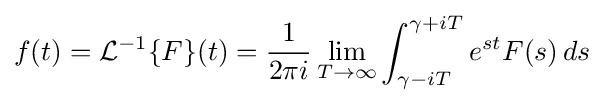
f(t)={\mathcal {L}}^{-1}\{F\}(t)={\frac {1}{2\pi i}}\lim _{T\to \infty }\int _{\gamma -iT}^{\gamma +iT}e^{st}F(s)\,ds